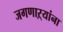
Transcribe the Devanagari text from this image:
जगणाऱ्यांना